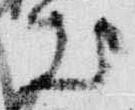
出